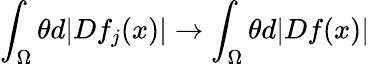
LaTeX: \int_{\Omega}\theta d|Df_{j}(x)|\to\int_{\Omega}\theta d|Df(x)|